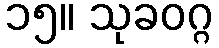
၁၅။ သုခဝဂ္ဂ